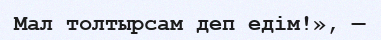
Мал толтырсам деп едім!», —